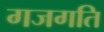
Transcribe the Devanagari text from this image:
गजगति